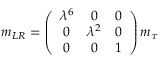
m _ { L R } = \left( \begin{array} { c c c } { { \lambda ^ { 6 } } } & { { 0 } } & { { 0 } } \\ { { 0 } } & { { \lambda ^ { 2 } } } & { { 0 } } \\ { { 0 } } & { { 0 } } & { { 1 } } \end{array} \right) m _ { \tau }